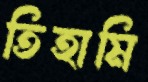
তিহামি